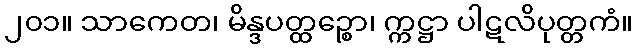
၂၀၁။ သာကေတ၊ မိန္ဒပတ္ထဉ္စော၊ က္ကဋ္ဌာ ပါဋလိပုတ္တကံ။